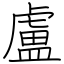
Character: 盧